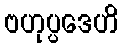
ဗဟုပ္ပဒေဟိ